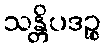
သန္တိပဒဉ္စ